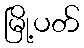
မြို့ပတ်